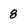
Character: 8